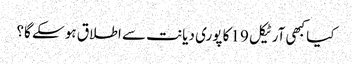
کیا کبھی آرٹیکل 19 کا پوری دیانت سے اطلاق ہو سکے گا؟